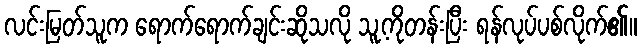
လင်းမြတ်သူက ရောက်ရောက်ချင်းဆိုသလို သူ့ကိုတန်းပြီး ရန်လုပ်ပစ်လိုက်၏။